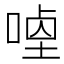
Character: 𭉣